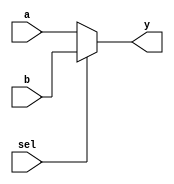
module mux5(sel, a, b, y );
    input sel;
    input  [4:0] a, b;
    output [4:0] y;
    assign y = sel ? b : a;
endmodule